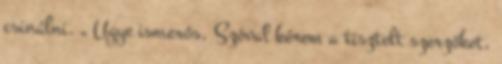
csinálni. „ Ugye ismerős. Szóval kérem a tisztelt szerzőket,